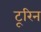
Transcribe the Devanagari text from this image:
टूरिन